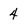
Character: 4